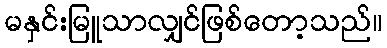
မနှင်းမြူသာလျှင်ဖြစ်တော့သည်။